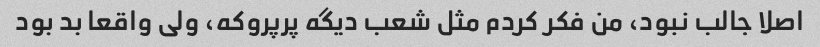
اصلا جالب نبود، من فکر کردم مثل شعب دیگه پرپروکه، ولی واقعا بد بود